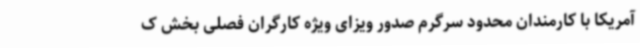
آمریکا با کارمندان محدود سرگرم صدور ویزای ویژه کارگران فصلی بخش ک